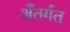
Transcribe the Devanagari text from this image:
अँतर्गत